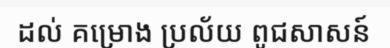
ដល់ គម្រោង ប្រល័យ ពូជសាសន៍